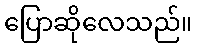
ပြောဆိုလေသည်။